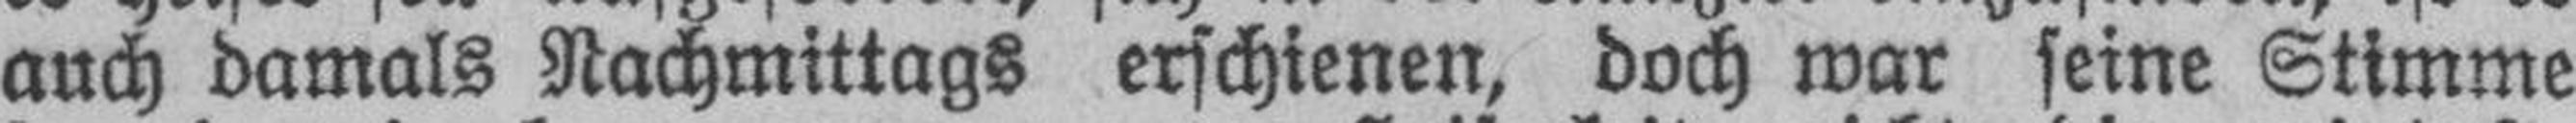
auch damals Nachmittags erschienen, doch war seine Stimme